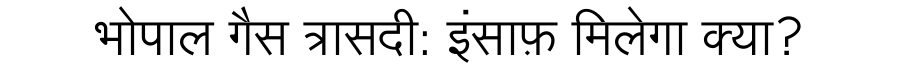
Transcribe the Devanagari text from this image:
भोपाल गैस त्रासदी: इंसाफ़ मिलेगा क्या?